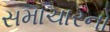
સમાચારનો